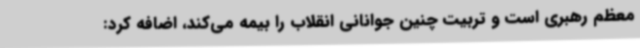
معظم رهبری است و تربیت چنین جوانانی انقلاب را بیمه می‌کند، اضافه کرد: